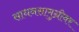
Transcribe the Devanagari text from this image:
साधनसामुग्रीवर